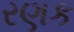
રણક